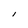
Character: l